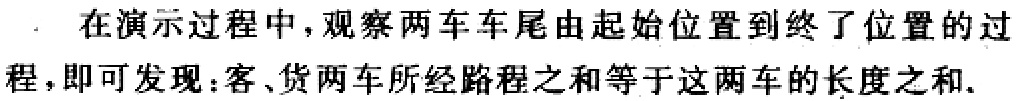
在演示过程中，观察两车车尾由起始位置到终了位置的过

程，即可发现：客、货两车所经路程之和等于这两车的长度之和.